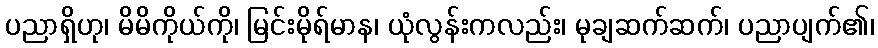
ပညာရှိဟု၊ မိမိကိုယ်ကို၊ မြင်းမိုရ်မာန၊ ယုံလွန်းကလည်း၊ မုချဆက်ဆက်၊ ပညာပျက်၏၊